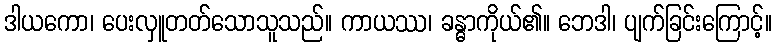
ဒါယကော၊ ပေးလှူတတ်သောသူသည်။ ကာယဿ၊ ခန္ဓာကိုယ်၏။ ဘေဒါ၊ ပျက်ခြင်းကြောင့်။